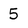
Character: 5